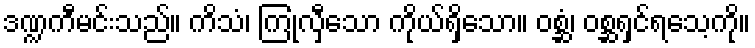
ဒဏ္ဍကီမင်းသည်။ ကိသံ၊ ကြုံလှီသော ကိုယ်ရှိသော။ ဝစ္ဆံ၊ ဝစ္ဆရှင်ရသေ့ကို။